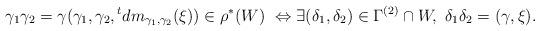
LaTeX: \begin{align*}\gamma_1\gamma_2=\gamma (\gamma_1,\gamma_2,{}^tdm_{\gamma_1,\gamma_2}(\xi))\in \rho^*(W)\ \Leftrightarrow \exists (\delta_1,\delta_2)\in \Gamma^{(2)}\cap W, \ \delta_1\delta_2=(\gamma,\xi).\end{align*}